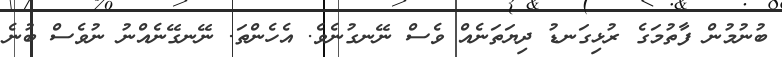
ބުނުމުން ފާތުމަގެ ރުޅިގަނޑު ދިޔަތަނެއް ވެސް ނޭނގުނެވެ. އެހެންތަ. ނޭނގޭނެއްނު ނުވެސް ބުނެ